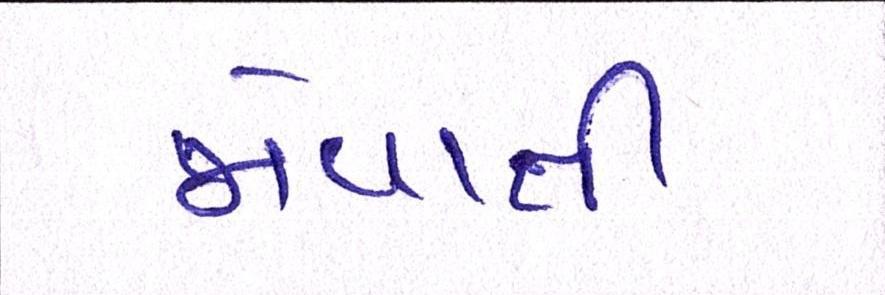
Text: જોવાતી